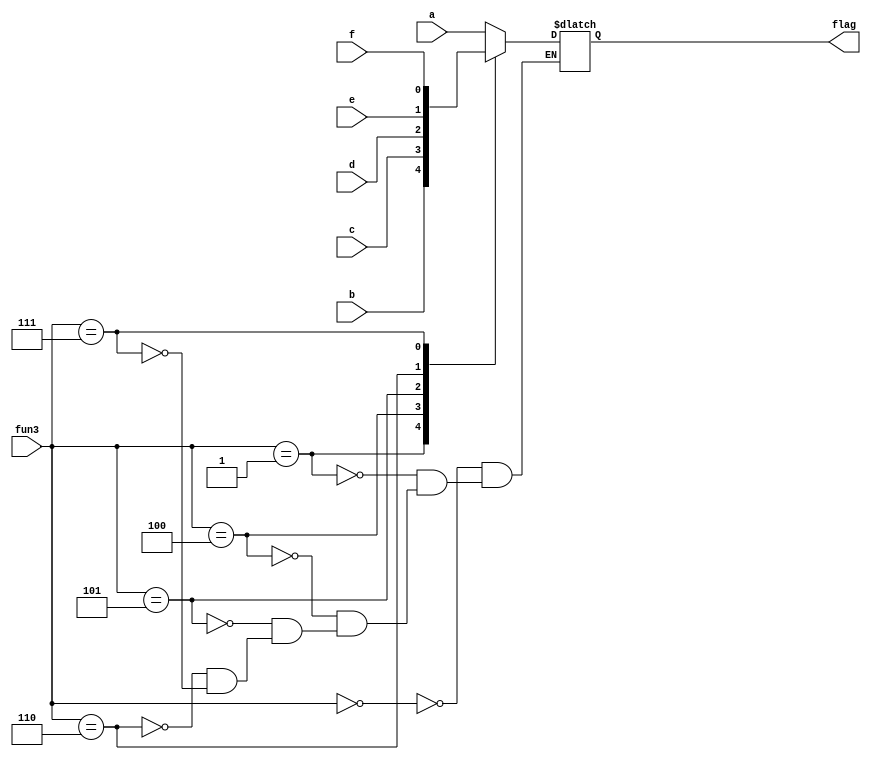
`timescale 1ns / 1ps
//////////////////////////////////////////////////////////////////////////////////
// Company: 
// Engineer: 
// 
// Design Name: 
// Module Name: branch_mux
// Project Name: 
// Target Devices: 
// Tool Versions: 
// Description: 
// 
// Dependencies: 
// 
// Revision:
// Revision 0.01 - File Created
// Additional Comments:
// 
//////////////////////////////////////////////////////////////////////////////////

module branch_mux( input [2:0] fun3, input a,b,c,d,e,f , output reg flag);
always @(*)
begin
case (fun3)
3'b000:
flag=a;
3'b001:
flag=b;
3'b100:
flag=c;
3'b101:
flag=d;
3'b110:
flag=e;
3'b111:
flag=f;
endcase
end


endmodule